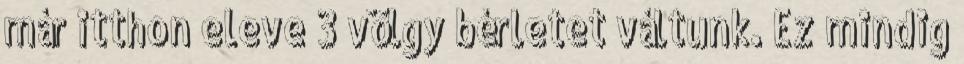
már itthon eleve 3 völgy bérletet váltunk. Ez mindig